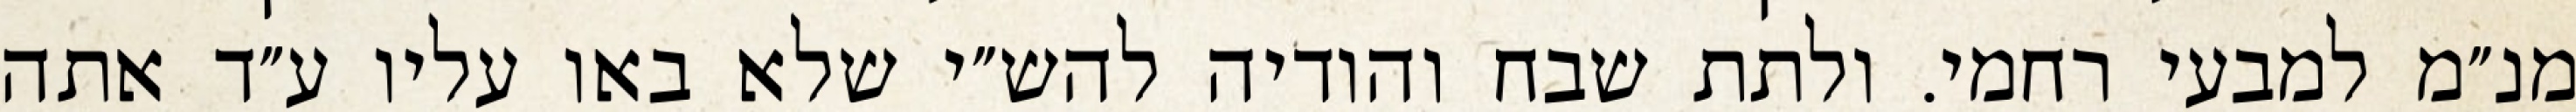
מנ״מ למבעי רחמי. ולתת שבח והודיה להש״י שלא באו עליו ע״ד אתה